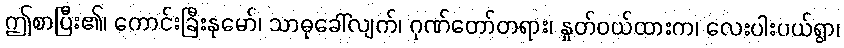
ဤစာပြီး၏၊ ကောင်းခြီးနုမော်၊ သာဓုခေါ်လျက်၊ ဂုဏ်တော်တရား၊ နှုတ်ဝယ်ထားက၊ လေးပါးပယ်ရွာ၊